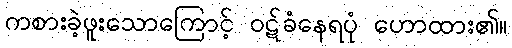
ကစားခဲ့ဖူးသောကြောင့် ဝဋ်ခံနေရပုံ ဟောထား၏။